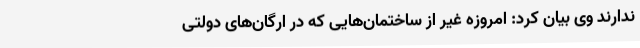
ندارند وی بیان کرد: امروزه غیر از ساختمان‌هایی که در ارگان‌های دولتی